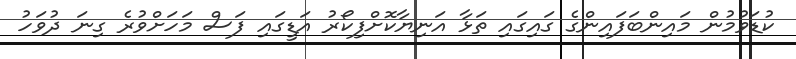
ކުޑަވުމުން މައިންބަފައިންގެ ގައިގައި ތަޅާ އަނިޔާކޮށްފިކޯރު އަޑީގައި ފަސް މަހަށްވުރެ ގިނަ ދުވަހު